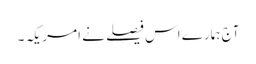
آج ہمارے اس فیصلے نے امریکہ ۔